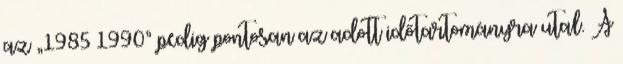
az „1985–1990” pedig pontosan az adott időtartományra utal. A